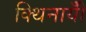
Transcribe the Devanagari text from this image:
क्थिनायीँ